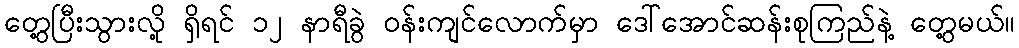
တွေ့ပြီးသွားလို့ ရှိရင် ၁၂ နာရီခွဲ ဝန်းကျင်လောက်မှာ ဒေါ်အောင်ဆန်းစုကြည်နဲ့ တွေ့မယ်။